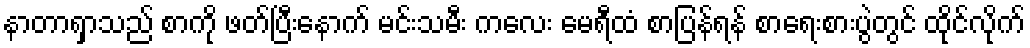
နာတာရှာသည် စာကို ဖတ်ပြီးနောက် မင်းသမီး ကလေး မေရီထံ စာပြန်ရန် စာရေးစားပွဲတွင် ထိုင်လိုက်